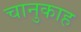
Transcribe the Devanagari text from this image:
चानुकाह